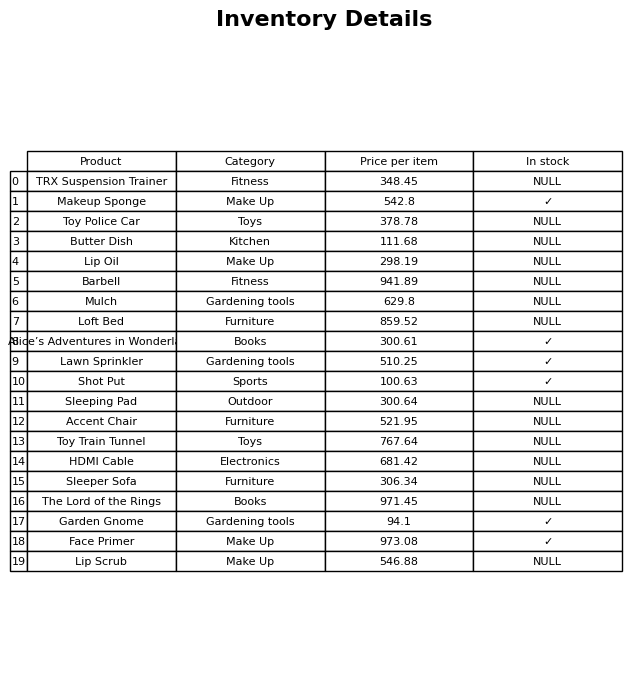
question: Which products are available in stock?
answer: Makeup Sponge, Alice’s Adventures in Wonderland, Lawn Sprinkler, Shot Put, Garden Gnome, Face Primer